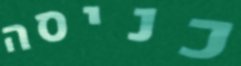
כניסה